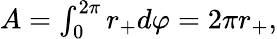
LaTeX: \begin{array}{r}{A=\int_{0}^{2\pi}r_{+}d\varphi=2\pi r_{+},}\end{array}